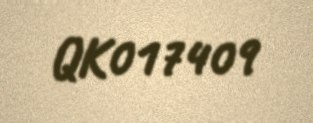
QK017409